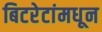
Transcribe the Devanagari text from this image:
बिटरेटांमधून